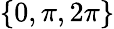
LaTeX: \{ 0,\pi,2\pi\}